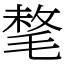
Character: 㲠